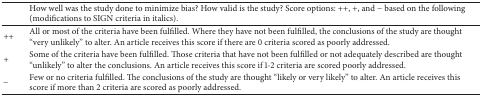
<table><thead><tr><td>[EMPTY_CELL]</td><td><b>How well was the study done to minimize bias? How valid is the study? Score options: ++, +, and − based on the following (modifications to SIGN criteria in italics).</b></td></tr></thead><tbody><tr><td>++</td><td>All or most of the criteria have been fulfilled. Where they have not been fulfilled, the conclusions of the study are thought “very unlikely” to alter. An article receives this score if there are 0 criteria scored as poorly addressed. </td></tr><tr><td>+</td><td>Some of the criteria have been fulfilled. Those criteria that have not been fulfilled or not adequately described are thought “unlikely” to alter the conclusions. An article receives this score if 1-2 criteria are scored poorly addressed. </td></tr><tr><td>−</td><td>Few or no criteria fulfilled. The conclusions of the study are thought “likely or very likely” to alter. An article receives this score if more than 2 criteria are scored as poorly addressed. </td></tr></tbody></table>